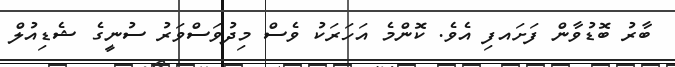
ބާރު ބޮޑުވާން ފަށައފި އެވެ. ކޮންމެ އަހަރަކު ވެސް މިދުވަސްވަރު ސުނީގެ ޝެޑިއުލް